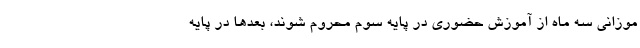
موزانی سه ماه از آموزش حضوری در پایه سوم محروم شوند، بعدها در پایه